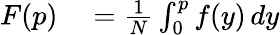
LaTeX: \begin{array}{rl}{F(p)}&{{}=\frac{1}{N}\int_{0}^{p}f(y)\, dy}\end{array}